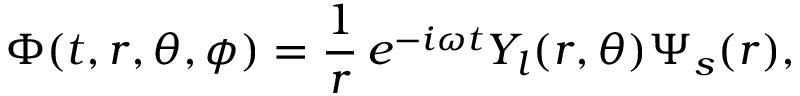
\Phi ( t , r , \theta , \phi ) = \frac { 1 } { r } \, e ^ { - i \omega t } Y _ { l } ( r , \theta ) \Psi _ { s } ( r ) ,